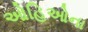
ઓહિઓના